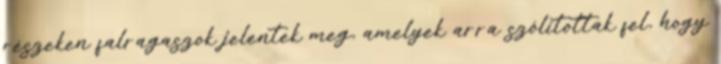
részeken falragaszok jelentek meg, amelyek arra szólítottak fel, hogy